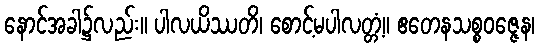
နောင်အခါ၌လည်း။ ပါလယိဿတိ၊ စောင့်မပါလတ္တံ့။ ဧတေနသစ္စဝဇ္ဇေန၊